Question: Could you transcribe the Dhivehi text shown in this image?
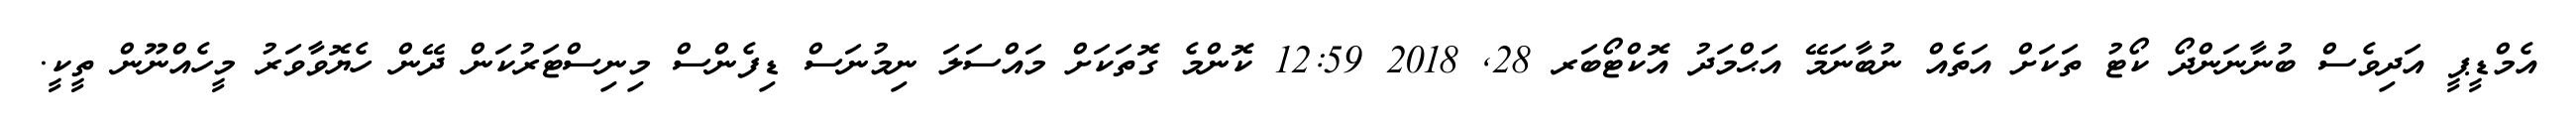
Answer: އެމްޑީޕީ އަދިވެސް ބުނާނަންދޯ ކޯޓު ތަކަށް އަތެއް ނުބާނަމޭ އަޙްމަދު އޮކްޓޯބަރ 28, 2018 12:59 ކޮންމެ ގޮތަކަށް މައްސަލަ ނިމުނަސް ޑިފެންސް މިނިސްޓަރުކަން ދޭން ހެޔޮވާވަރު މީހެއްނޫން ތީކީ.